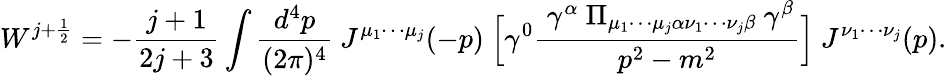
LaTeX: W^{j+{\frac{1}{2}}}=-{\frac{j+1}{2j+3}}\int{\frac{d^{4}p}{(2\pi)^{4}}}~J^{\mu_{1}\cdots\mu_{j}}(-p)~{\Big[}\gamma^{0}{\frac{~\gamma^{\alpha}~\Pi_{\mu_{1}\cdots\mu_{j}\alpha\nu_{1}\cdots\nu_{j}\beta}~\gamma^{\beta}}{p^{2}-m^{2}}}{\Big]}~J^{\nu_{1}\cdots\nu_{j}}(p).